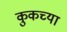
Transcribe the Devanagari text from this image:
कुकच्या